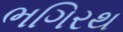
ભગિરથ